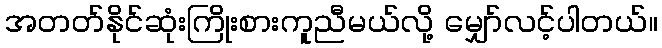
အတတ်နိုင်ဆုံးကြိုးစားကူညီမယ်လို့ မျှော်လင့်ပါတယ်။